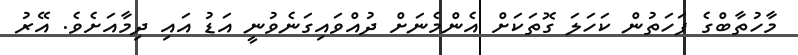
މާހުތާބްގެ ފަހަތުން ކަހަލަ ގޮތަކަށް އެންމެނަށް ދުއްވައިގަނެވުނީ އަޑު އައި ދިމާއަށެވެ. އޭރު